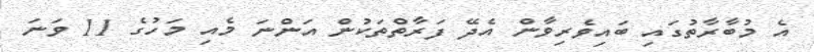
އެ މުބާރާތުގައި ބައިވެރިވާން އެދޭ ފަރާތްތަކުން އަންނަ މެއި މަހުގެ 11 ވަނަ